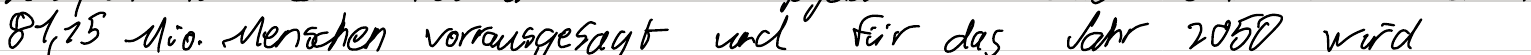
81,35 Mio. Menschen vorausgesagt und für das Jahr 2050 wird